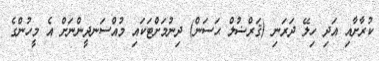
ކުރާށާއި އަދި ހިލޭ ދަރަނި (ޤަރްޟުލް ޙަސަން) ދިނުމަށްޓަކައި މުއްސަނދީންނަށް އެ މީހުންގެ